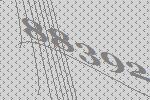
88392